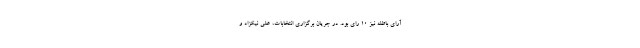
آرای باطله نیز ۱۰ رای بود. در جریان برگزاری انتخابات، علی نیکزاد و